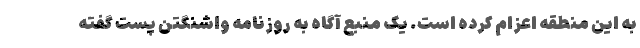
به این منطقه اعزام کرده است. یک منبع آگاه به روزنامه واشنگتن پست گفته